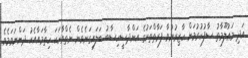
އަދި މަޢުލޫމާތު ސާފުކުރުމަށް ހާޒިރުނުވާ ފަރާތްތަކުގެ އަންދާސީހިސާބު ބަލައިގަނެވެން ނެތްވާހަކަ ހިތާމައާއެކު ދަންނަވަމެވެ.